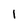
Character: l